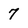
Character: 7